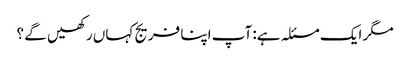
مگر ایک مسئلہ ہے: آپ اپنا فریج کہاں رکھیں گے ؟